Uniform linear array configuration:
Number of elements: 8
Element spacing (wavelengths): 1
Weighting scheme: binomial
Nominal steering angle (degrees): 15
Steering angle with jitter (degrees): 14.434
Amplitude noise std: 0.05
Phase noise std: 0.05

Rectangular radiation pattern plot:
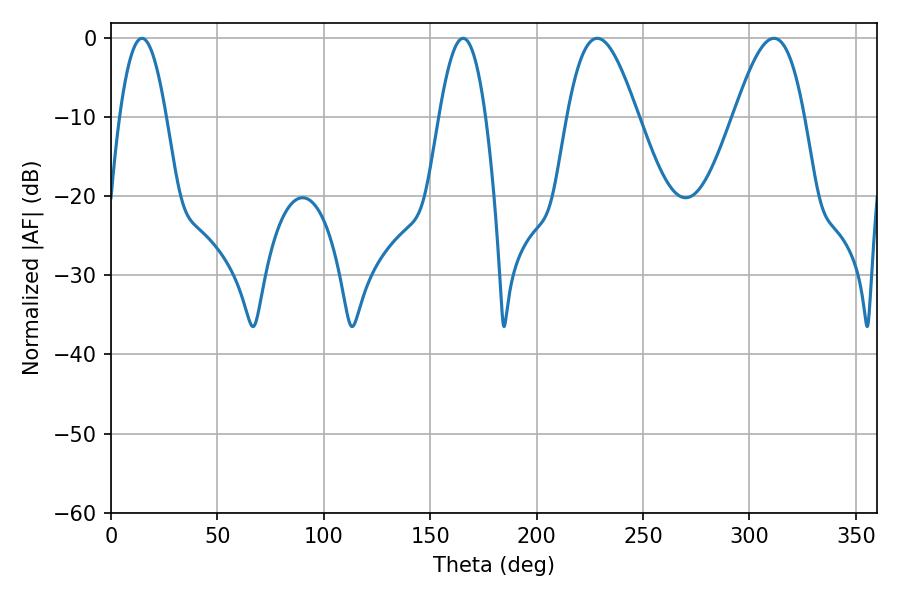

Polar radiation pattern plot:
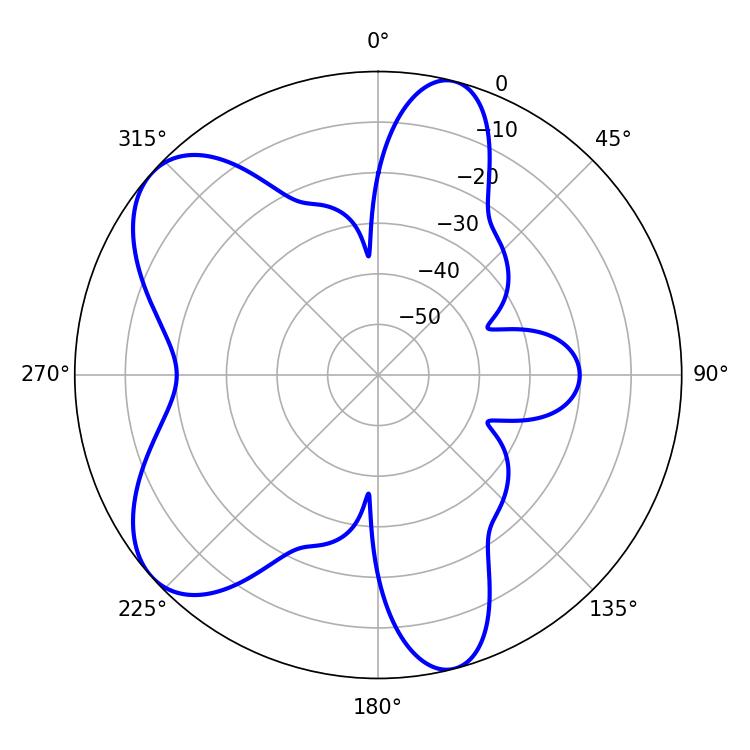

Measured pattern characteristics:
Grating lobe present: TRUE
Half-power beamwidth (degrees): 12.06
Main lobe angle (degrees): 14.58